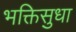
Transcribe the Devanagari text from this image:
भक्तिसुधा